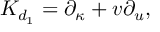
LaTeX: { K } _ { d _ { 1 } } = \partial _ { \kappa } + v \partial _ { u } ,